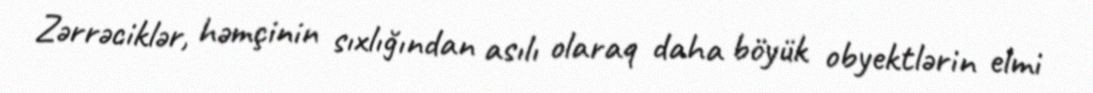
Zərrəciklər, həmçinin sıxlığından asılı olaraq daha böyük obyektlərin elmi